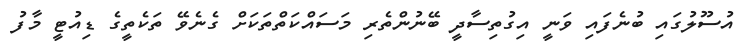
އުސޫލުގައި ބުނެފައި ވަނީ އިގުތިސާދީ ބޭނުންތެރި މަސައްކަތްތަކަށް ގެނެވޭ ތަކެތީގެ ޑިއުޓީ މާފު